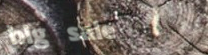
big sale